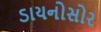
ડાયનોસોર